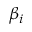
\beta _ { i }